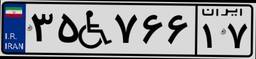
۳۵W۷۶۶۱۷